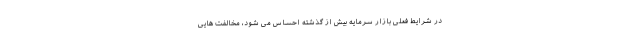
در شرایط فعلی بازار سرمایه بیش از گذشته احساس می شود، مخالفت هایی